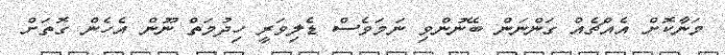
މަނާކޮށް އެއްޗެއް ގަންނަން ބޭނުންވި ނަމަވެސް ޑެލިވަރީ ހިދުމަތް ނޫން އެހެން ގޮތަށް